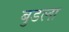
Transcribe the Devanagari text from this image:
बुडला